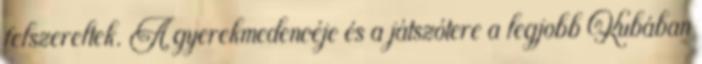
felszereltek. A gyerekmedencéje és a játszótere a legjobb Kubában